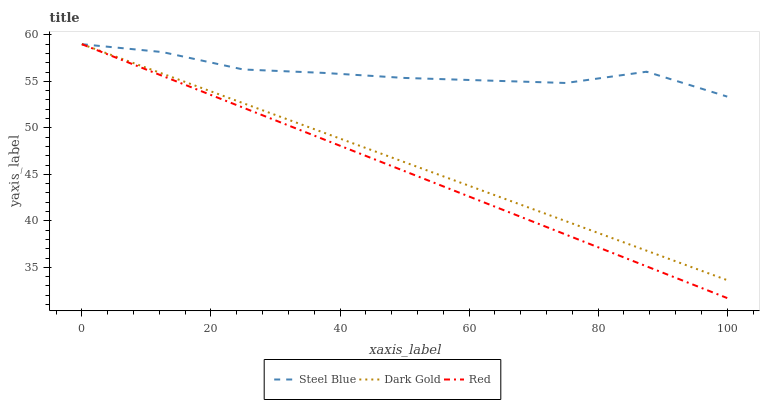
| xaxis_label | Steel Blue | Dark Gold | Red |
 | --- | --- | --- | --- |
 | 0 | 59 | 59 | 59 |
 | 12.5 | 58.2 | 55.8 | 55.6 |
 | 25 | 56.3 | 52.7 | 52.2 |
 | 37.5 | 55.9 | 49.5 | 48.8 |
 | 50 | 55.4 | 46.3 | 45.3 |
 | 62.5 | 55.1 | 43.1 | 41.9 |
 | 75 | 54.8 | 40 | 38.5 |
 | 87.5 | 56 | 36.8 | 35.1 |
 | 100 | 53.4 | 33.6 | 31.7 |